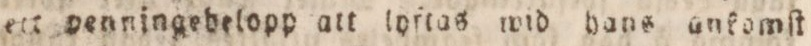
ett penningebelopp att lyftas wid hans anfomſt